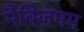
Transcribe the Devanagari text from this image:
मैक्ज़िमम